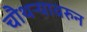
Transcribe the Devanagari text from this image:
चौथऱ्यावरुन